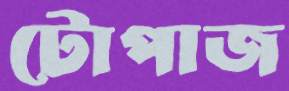
টোপাজ